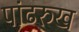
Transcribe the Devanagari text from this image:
पांढरुख